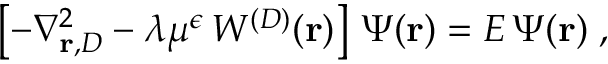
\left[ - \nabla _ { { \bf r } , { D } } ^ { 2 } - \lambda \mu ^ { \epsilon } \, W ^ { ( { D } ) } ( { \bf r } ) \right] \, \Psi ( { \bf r } ) = E \, \Psi ( { \bf r } ) \; ,